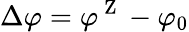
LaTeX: \Delta\varphi=\varphi^{\mathrm{~Z~}}-\varphi_{0}